Sketch of the medical history of the native army of Bombay, for the year
Year: 1875
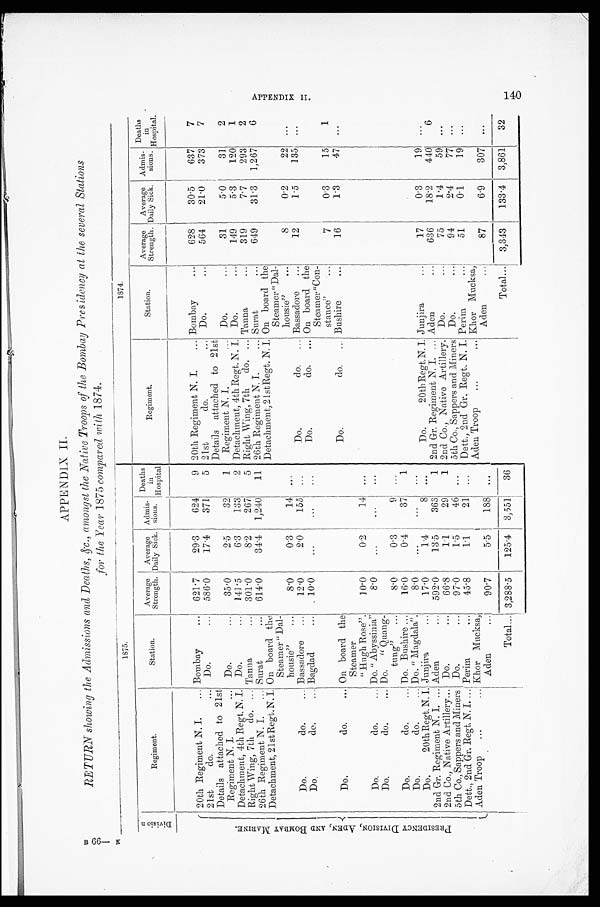
APPENDIX II
B 66— K
RETURN showing the Admissions and Deaths, &c., amongst the Native Troops of the Bombay Presidency at the several Stations
for the Year 1875 compared with 1874.
1 8 7 5 .
1874.
D i v i s i o n
Regiment.
Station.
Average
Strength.
Average
Daily Sick.
Admi s -
sions.
Deaths
in.
Hospital
Regiment.
Station.
Average
Strength.
Average
Daily Sick.
Admi s -
sions.
Deaths
In
Hospital.
20th Regiment N. I. ... Bombay
... 621.7
29.3
624
9 20th Regiment N. I.
... Bombay
...
628
30.5
637
7
21st
do.
... Do.
... 586.0
17.4
371
5 21st
do.
... Do.
...
564
21.0
373
7
P R E S I D E N C Y D I V I S I O N , A D E N , A N D B O M B A Y M A R I N E .
Details attached to 21st
Regiment N. I.
... Do.
...
35.0
9.5
3 2
1 Details attached to 21st
Regiment N. I.
... Do.
...
31
5.0
31
2
Detachment, 4th Regt. N. I. Do.
. . .
141.5
6.3
133
2 Detachment, 4th Regt. N. I. Do.
...
149
5.3
120
1
Right Wing, 7th do.
...
Tanna
... 301.0
8.2
267 5 Right Wing, 7th do. ... Tanna
...
319
7.7
293
2
26th Regiment N. I. ... Surat
... 614.0
34.4 1,240 11 26th Regiment N. I.
... Surat
...
649
31.3 1,267
6
Detachment, 21stRegt.N. I. On board the
Steamer "Dal-
housie"
...
8.0
0.3
14 .
..
Detachment, 21stRegt. N. I. On board the
Steamer "Dal-
housie" ...
8
0.2
22 ...
Do. do.
...
Bassadore ...
12.0
2.0
155 ...
Do.
do. ... Bassadore ...
12
1.5
135 ...
Do. do. ...
Bagdad
...
10.0
...
...
...
Do.
do. ... On board thej
Steamer "Con-
stance"
...
7
0.3
15
1
Do.
do.
... On board the
Steamer
" Hugh Rose".
10.0
0.2
14 . . .
Do.
do.
Bushire
...
16
1.3
47 ...
Do.
do.
... Do. " Abyssinia"
8.0
...
. . .
...
Do.
do.
... Do. " Quang-
tung" ...
8.0
0.3
9 ...
Do.
do.
... Do. Bushire ...
16.0
0.4
37
1
Do.
do.
... Do. " Magdala".
8.0
...
...
...
Do.
20th Regt. N. I. Junjira
... 17.0
14
8 ...
Do.
20th Regt.N. I.
...
Junjira
... 1 7
0.3
19 ...
2nd Gr. Regiment N. I. ... Aden
... 592.0
13.5
363
1 2nd Gr Regiment N. I. ... Aden
...
636
18.2
440
6
2nd Co., Native Artillery ... Do.
...
6 6 . 8 1.1
29
1 2nd Co., Native Artillery. Do.
...
75
1.4
59 ...
5th Co., Sappers and Miners Do.
... 97.0
1.5
46 ... 5th Co., Sappers and Miners Do.
...
94
2.4
77 ...
Dett., 2nd Gr. Regt. N. I. ... Perim
... 45.8
1.1
2 1 ... Dett., 2nd Gr. Regt. N. I. Perim
...
51
0.1
19 ...
Aden Troop ...
... Khor Mucksa,
Aden
... 90.7
5.5
188 ...
Aden Troop ...
... Khor Mucksa,
Aden
...
87
6.9
307 ...
Tot al ... 3,288.5
125.4 3,551 36
Total ... 3,343
133 4 3 861 32 A P P E N D I X I I . 1 4 0